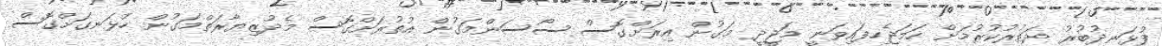
ފުޅަނދުބުރު ދަތުރުކުރުމަށް ހަމަޖެހިފައިވަނީ މަޖީދީ މަގުން އިރަށްގޮސް ސޯސަންމަގުން އުތުރަށްގޮސް މެދުޒިޔާރަތްމަގުން ހުޅަނގަށްގޮސް